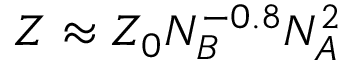
Z \approx Z _ { 0 } N _ { B } ^ { - 0 . 8 } N _ { A } ^ { 2 }